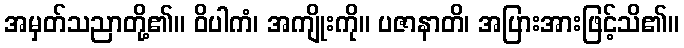
အမှတ်သညာတို့၏။ ဝိပါကံ၊ အကျိုးကို။ ပဇာနာတိ၊ အပြားအားဖြင့်သိ၏။